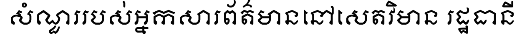
សំណួររបស់អ្នកសារព័ត៌មាននៅសេតវិមាន រដ្ឋធានី